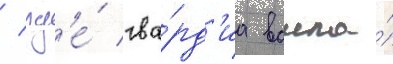
/ гд'е́ гва́рд'иа вошла́